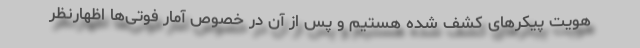
هویت پیکرهای کشف شده هستیم و پس از آن در خصوص آمار فوتی‌ها اظهارنظر